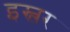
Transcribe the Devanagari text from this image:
इस्लर